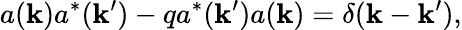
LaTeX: a(\mathbf{k})a^{*}(\mathbf{k}^{\prime})-qa^{*}(\mathbf{k}^{\prime})a(\mathbf{k})=\delta(\mathbf{k}-\mathbf{k}^{\prime}),